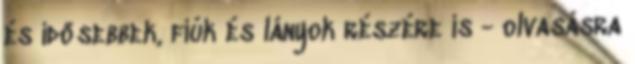
és idősebbek, fiúk és lányok részére is - olvasásra